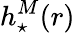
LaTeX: h_{\star}^{M}(r)